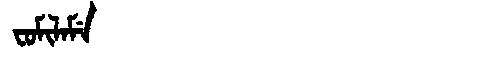
Manchu: ᠸᠣᠮᡳᠯᠠᠮᡝ
Romanization: FOMILAME